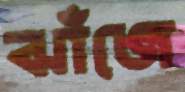
ঝাঁজে